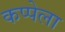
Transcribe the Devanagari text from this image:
कप्पेला